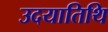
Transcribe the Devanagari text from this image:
उदयातिथि